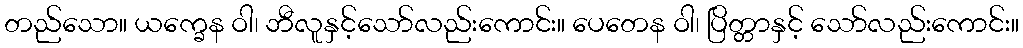
တည်သော။ ယက္ခေန ဝါ၊ ဘီလူနှင့်သော်လည်းကောင်း။ ပေတေန ဝါ၊ ပြိတ္တာနှင့် သော်လည်းကောင်း။